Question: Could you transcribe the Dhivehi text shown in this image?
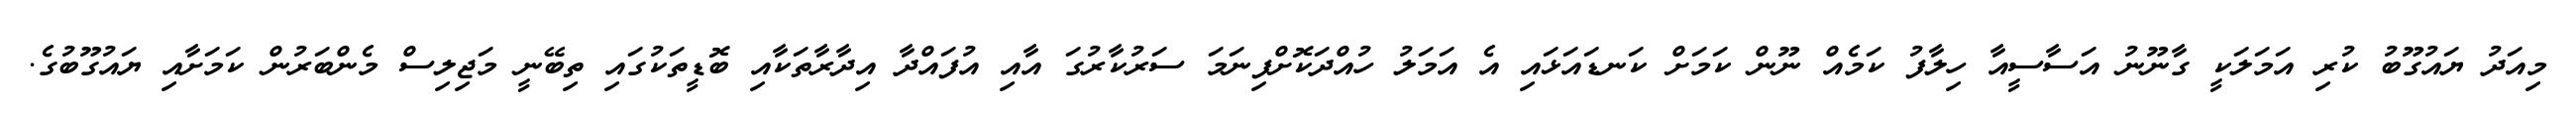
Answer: މިއަދު ޔައުގޫބު ކުރި އަމަލަކީ ގާނޫނު އަސާސީއާ ހިލާފު ކަމެއް ނޫން ކަމަށް ކަނޑައަޅައި އެ އަމަލު ހުއްދަކޮށްފިނަމަ ސަރުކާރުގަ އާއި އުފައްދާ އިދާރާތަކާއި ބޮޑީތަކުގައި ތިބޭނީ މަޖިލިސް މެންބަރުން ކަމަށާއި ޔައުގޫބުގެ.